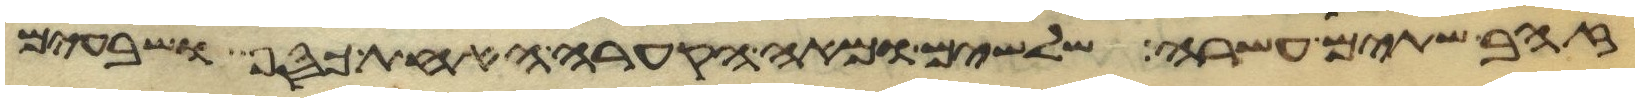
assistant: זהב שתים עשרה שלשים ומאה הקערה האחת הכסף ושבעים